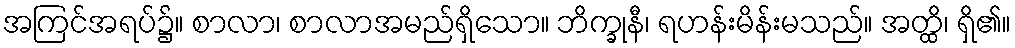
အကြင်အရပ်၌။ စာလာ၊ စာလာအမည်ရှိသော။ ဘိက္ခုနီ၊ ရဟန်းမိန်းမသည်။ အတ္ထိ၊ ရှိ၏။